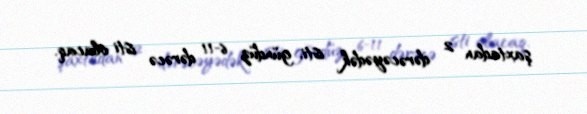
şaxtadan 2 dərəcəyədək isti, gündüz 6-11 dərəcə isti olacaq.